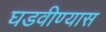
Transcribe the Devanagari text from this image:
घडवीण्यास